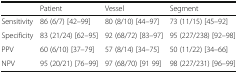
<table><thead><tr><td></td><td><b>Patient</b></td><td><b>Vessel</b></td><td><b>Segment</b></td></tr></thead><tbody><tr><td>Sensitivity</td><td>86 (6/7) [42–99]</td><td>80 (8/10) [44–97]</td><td>73 (11/15) [45–92]</td></tr><tr><td>Specificity</td><td>83 (21/24) [62–95]</td><td>92 (68/72) [83–97]</td><td>95 (227/238) [92–98]</td></tr><tr><td>PPV</td><td>60 (6/10) [37–79]</td><td>57 (8/14) [34–75]</td><td>50 (11/22) [34–66]</td></tr><tr><td>NPV</td><td>95 (20/21) [76–99]</td><td>97 (68/70) [91 99]</td><td>98 (227/231) [96–99]</td></tr></tbody></table>